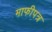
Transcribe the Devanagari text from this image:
माफीपत्र